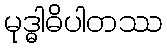
မုဒ္ဓါဓိပါတဿ